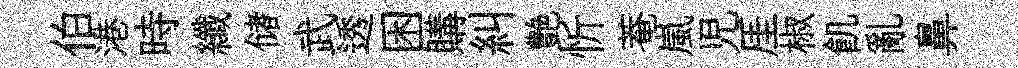
伯港時纖储武透困購糾艶忻菴嵐児厓椒飢亂鼻